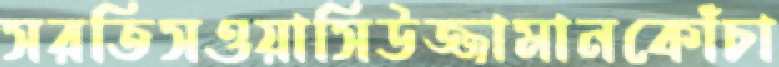
সরতিসওয়াসিউজ্জামানকোঁচা